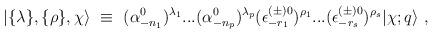
LaTeX: \begin{align*} \vert\{\lambda\},\{\rho\},\chi\rangle{}~\equiv{}~ (\alpha^0_{-{n_1}})^{\lambda_1}...(\alpha^0_{-{n_p}})^{\lambda_p} (\epsilon^{(\pm)0}_{-r_1})^{\rho_1}...(\epsilon^{(\pm)0}_{-r_s})^{\rho_s} \vert\chi;q\rangle{}~,\end{align*}